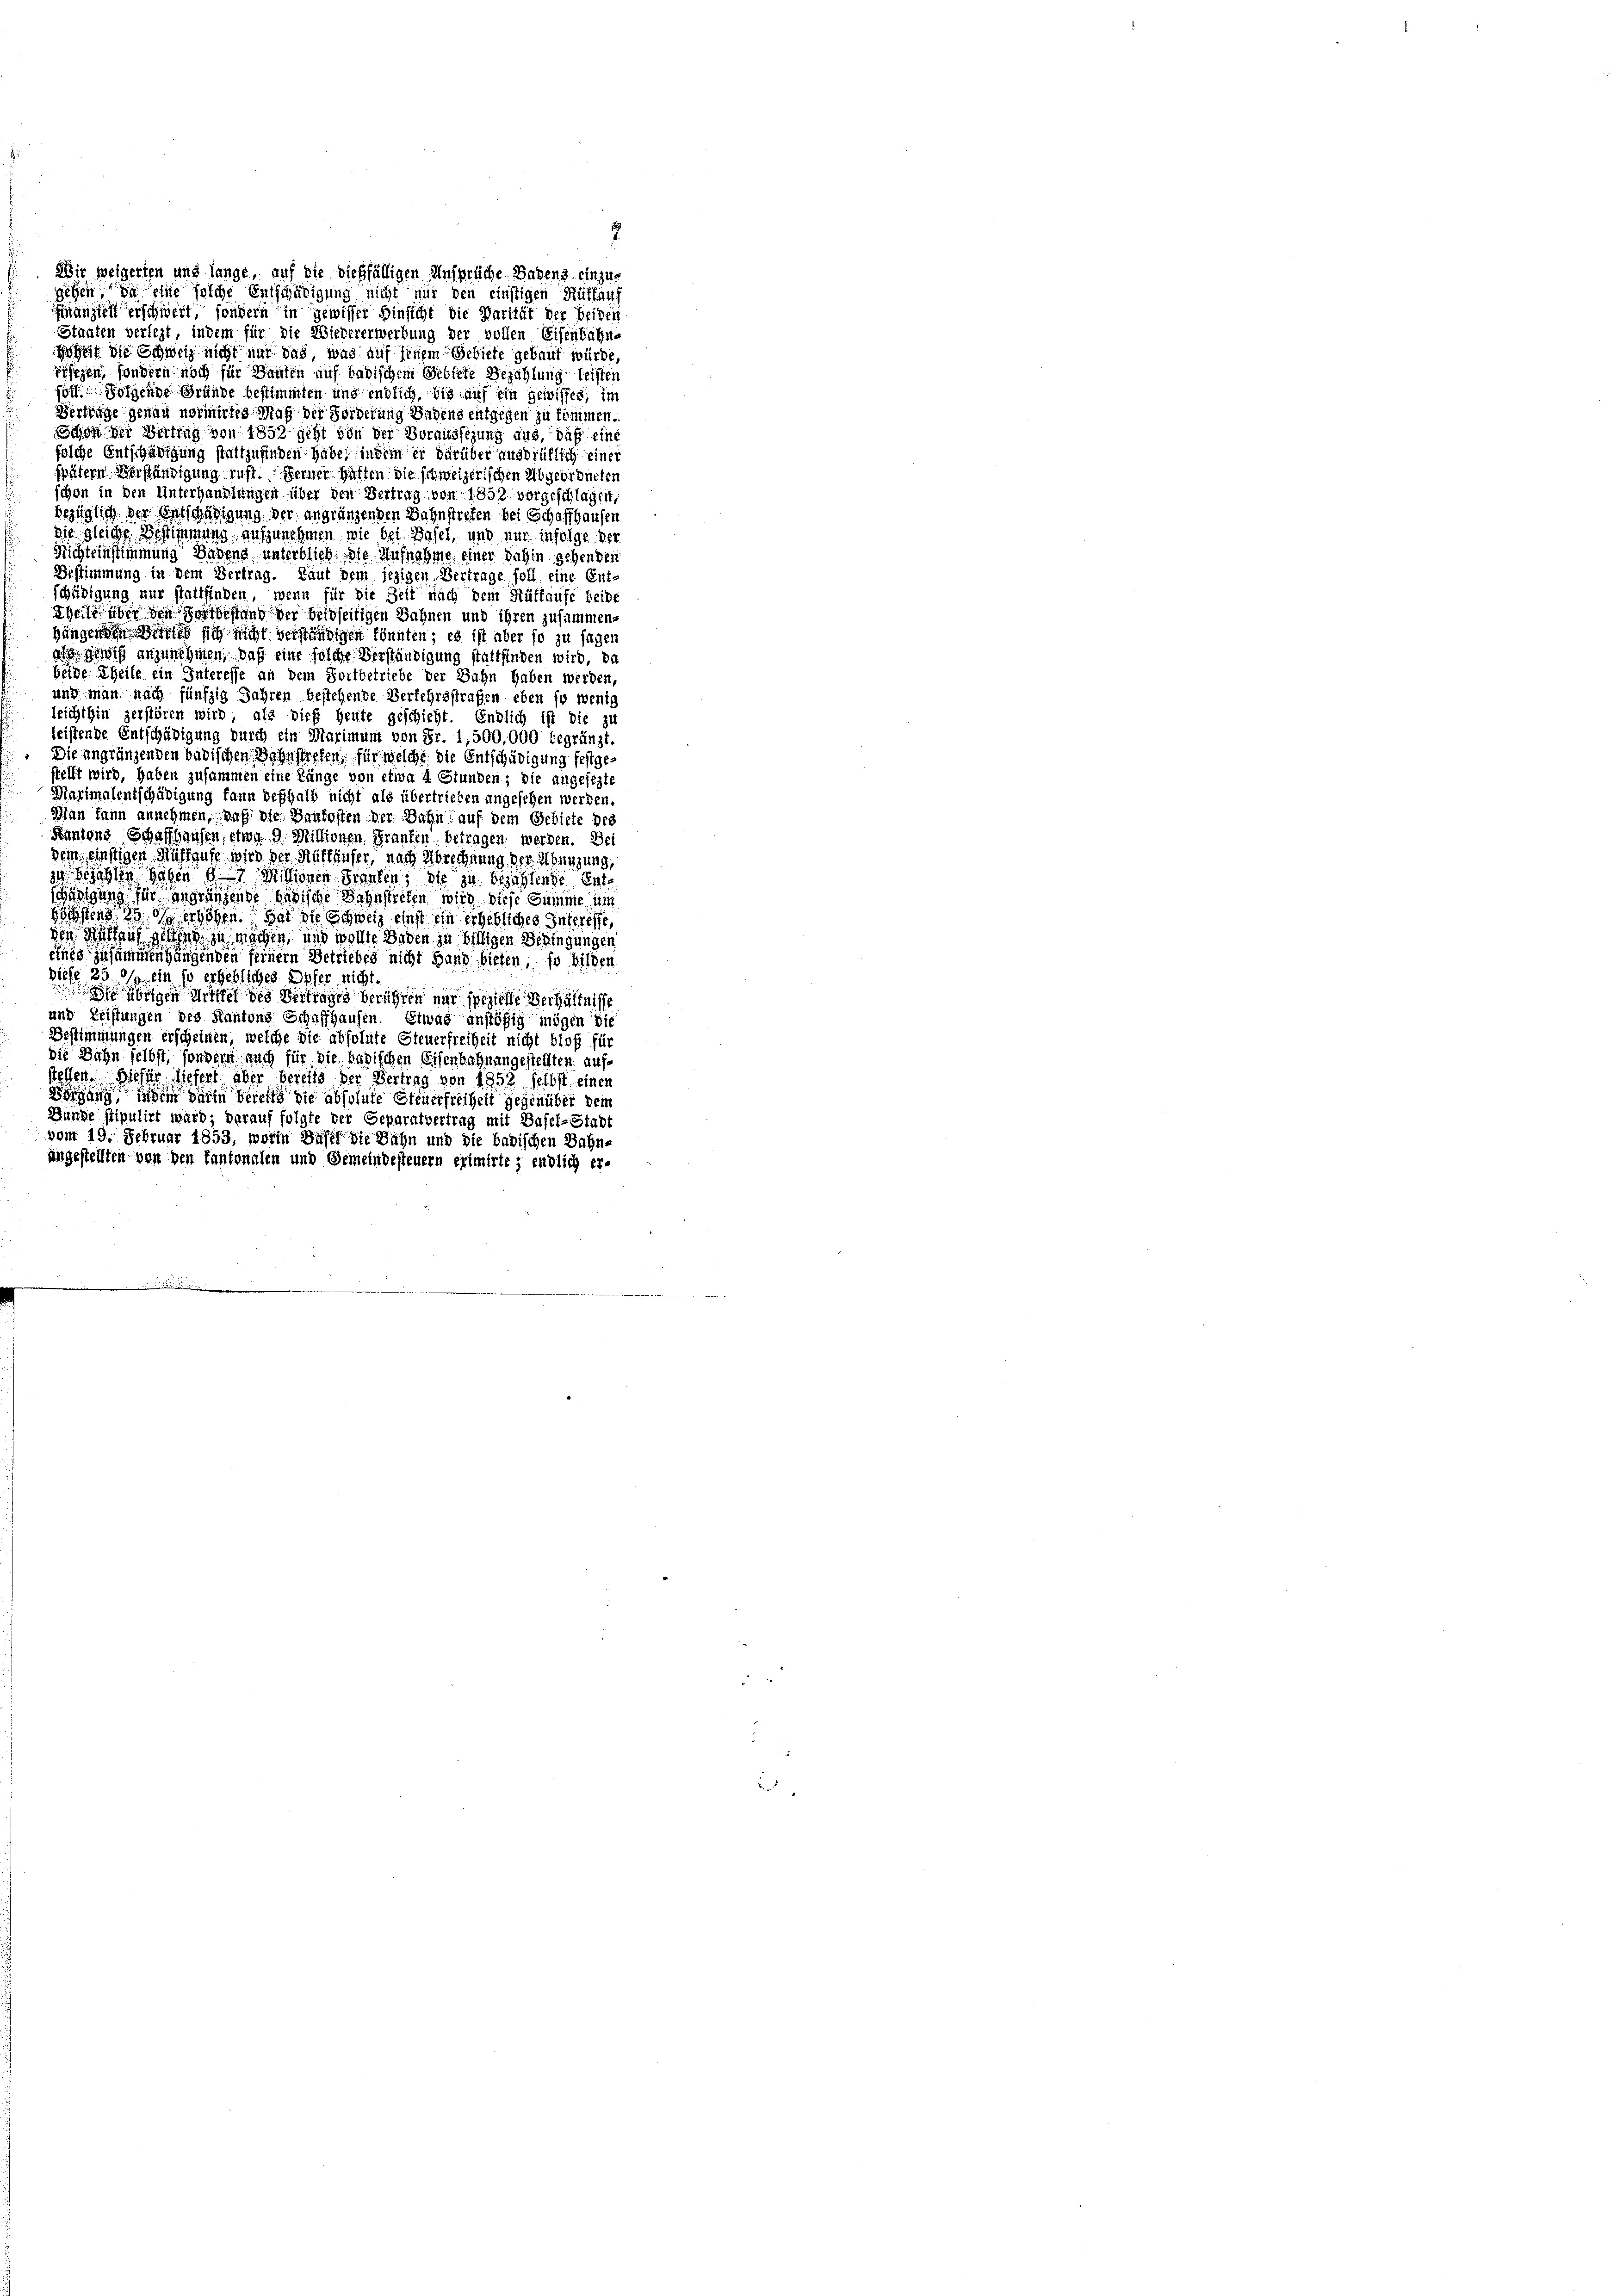
Wir weigerten und lange, auf sie dießfälligen Ansprüche Badens einzugehen, da eine solche Entschädigung nicht nur den einstigen Rütläuf
Finanzen erschwert, sondern in gewisser Hinsicht die Parität der beiden
Staaten verlegt, indem für die Wiedererwerbung der vollen Eisenbahne
Hoheit die Schweiz nicht nur das, was auf jenem Gebiete gebaut würde,
öfezen, sondern noch für Bauten auf badischem Gebiete Bezahlung leisten
soll. Folgende Gründe bestimmten und endlich, bis auf ein gewisses; im
Verträge genau normirtes Maß der Forderung Badens entgegen zu kommen.
Schon der Vertrag von 1852 jetzt von der Voraussezung aus, daß eine
solche Entschädigung stattzufinden habe, indem er darüber ausdrüklich einer
spätern Verständigung ruft. Ferner hatten die schweizerischen Abgeordneten
chon in den Unterhandlungen über den Vertrag von 1858 vorgeschlagen,
bezüglich der Entschädigung der angränzenden Bahnstreten bei Schaffhausen
die gleiche Bestimmung aufzunehmen, wie bei Basel, und nur infolge der
Nichteinstimmung Badens unterblieb die Aufnahme einer dahin sehenden
Bestimmung in dem Vertrag. Laut dem jezigen Vertrage soll eine Ent-
schädigung nur stattfinden, wenn für die Zeit nach dem Rüttaufe beide
theile über den Hortheffend der beidseitigen Bahnen und ihren zusammen-
gängenden Betrieb sich nicht verständigen könnten; es ist aber so zu sagen
al gewiß anzunehmen, daß eine solche Verständigung stattfinden wird, da
beide Theile ein Interesse an dem Fortbetriebe der Bahn haben werden,
und man nach fünfzig Jahren bestehende Verkehrsstrafen eben so wenig
leichthin zerstören wird, als dieß heute geschieht. Endlich ist die zu
leistende Entschädigung durch ein Marimum von Fr. 1,500,000 begränzt.
Die angränzenden badischen Bahnstreten, für welche die Entschädigung festgestellt wird, haben zusammen eine Länge von etwa 4 Stunden; die angesezte
Marimalentschädigung kann deshalb nicht als übertrieben angesehen werden.
Man kann annehmen, daß die Baukosten der Bahn auf dem Gebiete des
Kantons Schaffhausen, etwa 9. Millionen Franken betragen werden. Dei
dem einstigen Auflaufe wird der Aufhäuser, nach Abrechnung der Einigung,
so bezahlen Hohen d. Millionen Beanten; die zu bezahlende Entschädigung für angränzende Müdische Bahnstreten wird diese Summe in
sistens 25. ds erhöhen. Hat die Schweiz einst ein erhebliches Interesse,
den Rath auf gestand zu machen, und wollte Beden zu billigen Bedingungen
eines zusammenhängenden seinem Betriebes nicht Hand bieten, so bilden
diese 25. O/o. ein so erhebliches Opfer nicht.
eigen Greifel des Betrages berühren nur spezielle Verhältnisse
und Leistungen des Kantons Schaffhausen. Etwas anstößig mögen die
Bestimmungen erscheinen, welche die absolute Steuerfreiheit nicht bloß für
die Bahn selbst, sondern auch für die bedischen Eisenbahnangestellten auf
stellen. Hiefür liefert aber bereits der Vertrag von 1852 selbst einen
Borgung, indem darin Vereits die absolute Steuerfreiheit gegenüber dem
Bunde stipulirt ward; darauf folgte der Geparatvertrag mit Basel-Stadt
vom 19. Februar 1853, worin Dusel die Bahn und die badischen Bahn-
angestellten von den kantonalen und Gemeindesteuern erimirte; endlich er-

7